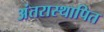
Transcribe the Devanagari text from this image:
अंतरास्थापित